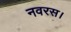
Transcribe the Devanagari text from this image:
नवरस।